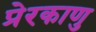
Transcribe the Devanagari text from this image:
प्रेरकाणु